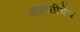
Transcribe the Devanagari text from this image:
अप्राप्तीचेंच